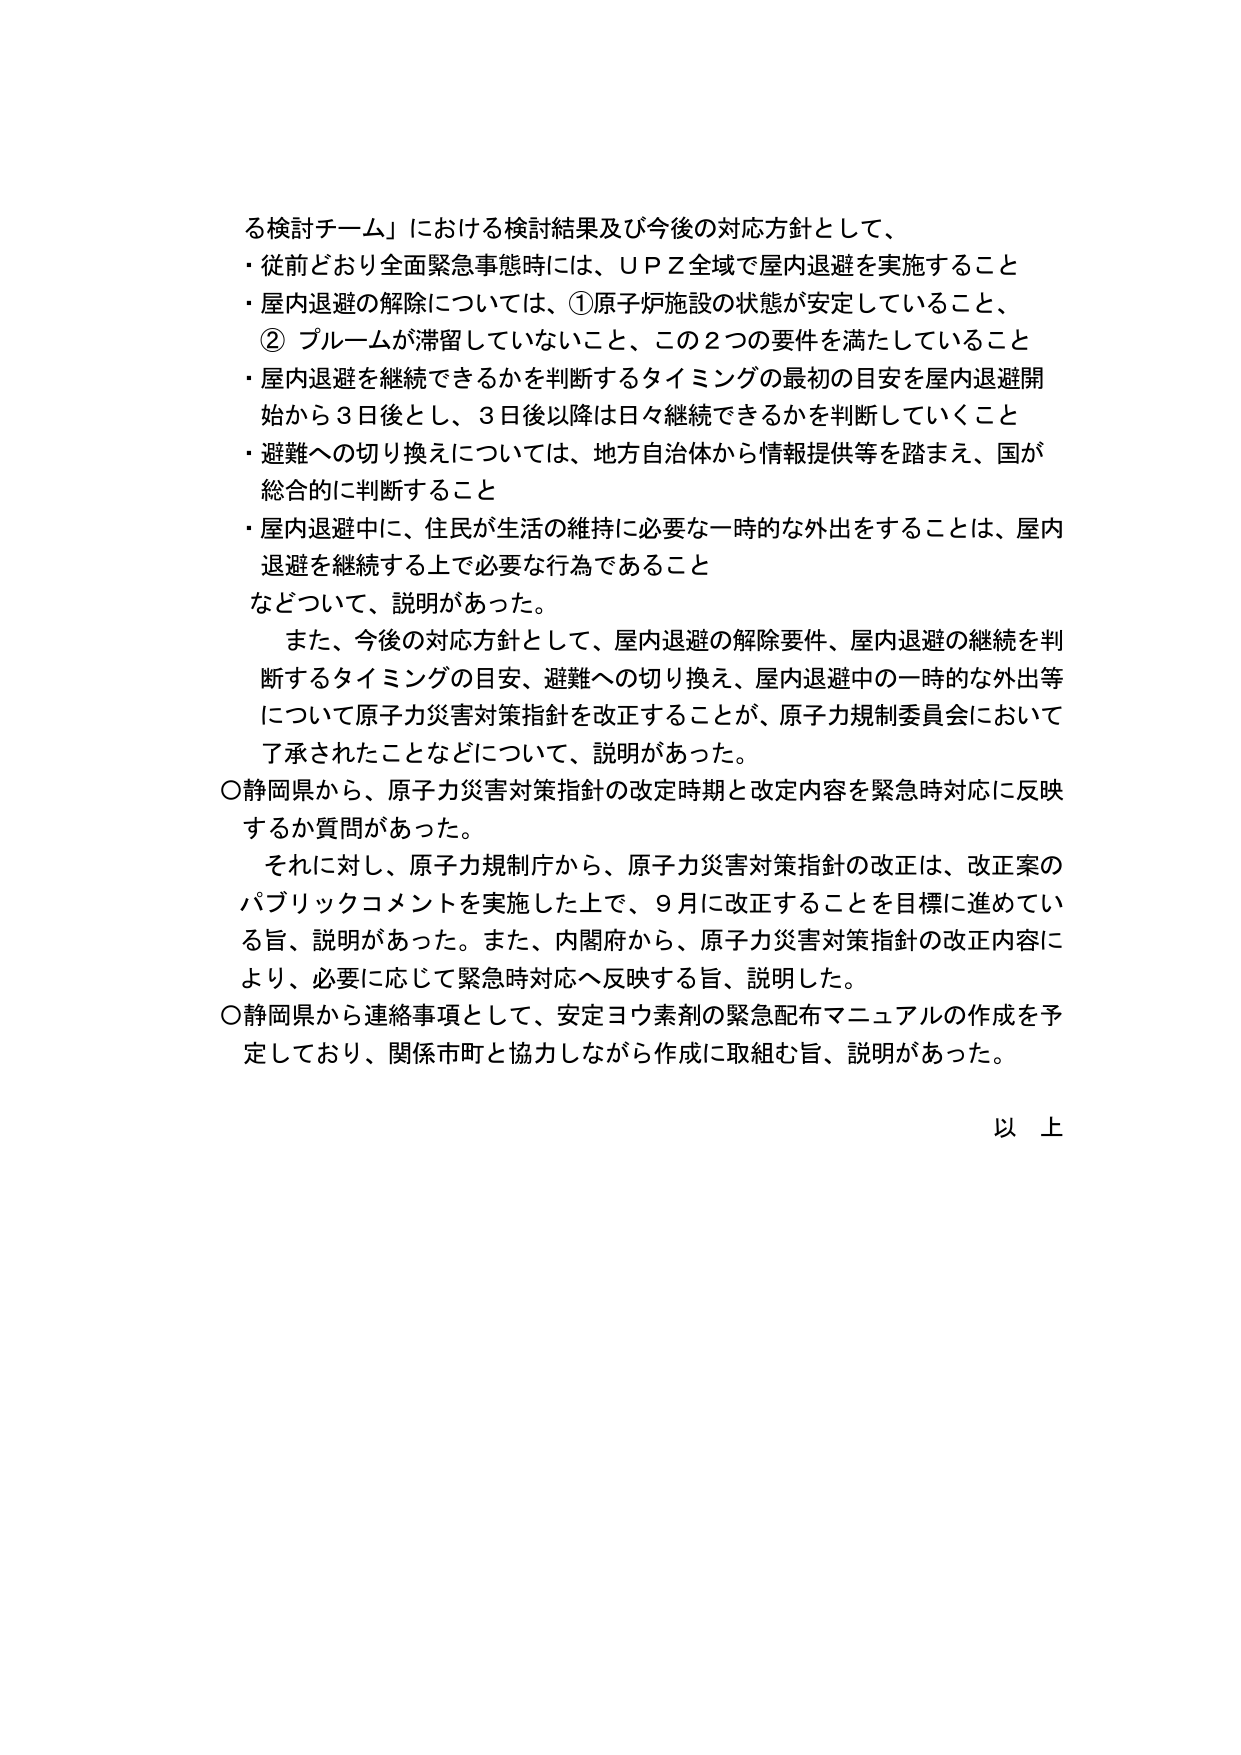
る検討チーム」における検討結果及び今後の対応方針として、
・従前どおり全面緊急事態時には、ＵＰＺ全域で屋内退避を実施すること
・屋内退避の解除については、①原子炉施設の状態が安定していること、
②プルームが滞留していないこと、この２つの要件を満たしていること
・屋内退避を継続できるかを判断するタイミングの最初の目安を屋内退避開始から３日後とし、３日後以降は日々継続できるかを判断していくこと
・避難への切り換えについては、地方自治体から情報提供等を踏まえ、国が
総合的に判断すること
・屋内退避中に、住民が生活の維持に必要な一時的な外出をすることは、屋内
退避を継続する上で必要な行為であること
などについて、説明があった。
また、今後の対応方針として、屋内退避の解除要件、屋内退避の継続を判断するタイミングの目安、避難への切り換え、屋内退避中の一時的な外出等について原子力災害対策指針を改正することが、原子力規制委員会において了承されたことなどについて、説明があった。
〇静岡県から、原子力災害対策指針の改定時期と改定内容を緊急時対応に反映するか質問があった。
それに対し、原子力規制庁から、原子力災害対策指針の改正は、改正案のパブリックコメントを実施した上で、９月に改正することを目標に進めている旨、説明があった。また、内閣府から、原子力災害対策指針の改正内容により、必要に応じて緊急時対応へ反映する旨、説明した。
〇静岡県から連絡事項として、安定ヨウ素剤の緊急配布マニュアルの作成を予定しており、関係市町と協力しながら作成に取組む旨、説明があった。
以上